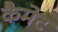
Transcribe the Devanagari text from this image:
कैमेट